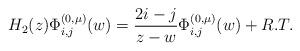
LaTeX: \begin{align*}H_{2}(z) \Phi_{i,j}^{(0 , \mu)}(w) = \frac{2i - j}{z - w}\Phi_{i,j}^{(0 ,\mu)}(w) + R.T.\end{align*}